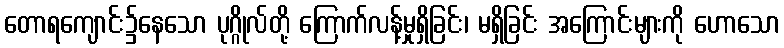
တောရကျောင်း၌နေသော ပုဂ္ဂိုလ်တို့ ကြောက်လန့်မှုရှိခြင်း၊ မရှိခြင်း အကြောင်းများကို ဟောသော